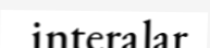
interalar